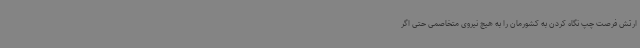
ارتش فرصت چپ نگاه کردن به کشورمان را به هیچ نیروی متخاصمی حتی اگر